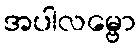
အပါလမ္ဗော